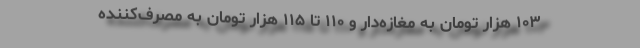
۱۰۳ هزار تومان به مغازه‌دار و ۱۱۰ تا ۱۱۵ هزار تومان به مصرف‌کننده